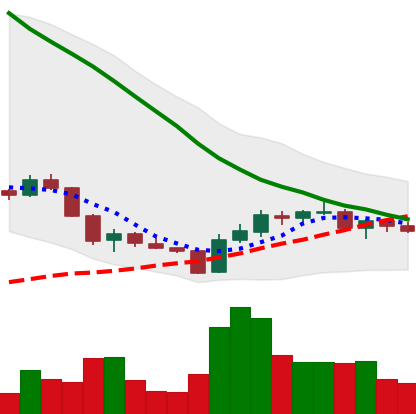
Ticker: ADA-USD
Chart end date: 2018-06-07
Forward return: -21.094%
Label: down_7plus